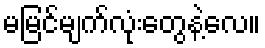
မမြင်မျက်လုံးတွေနဲ့လေ။